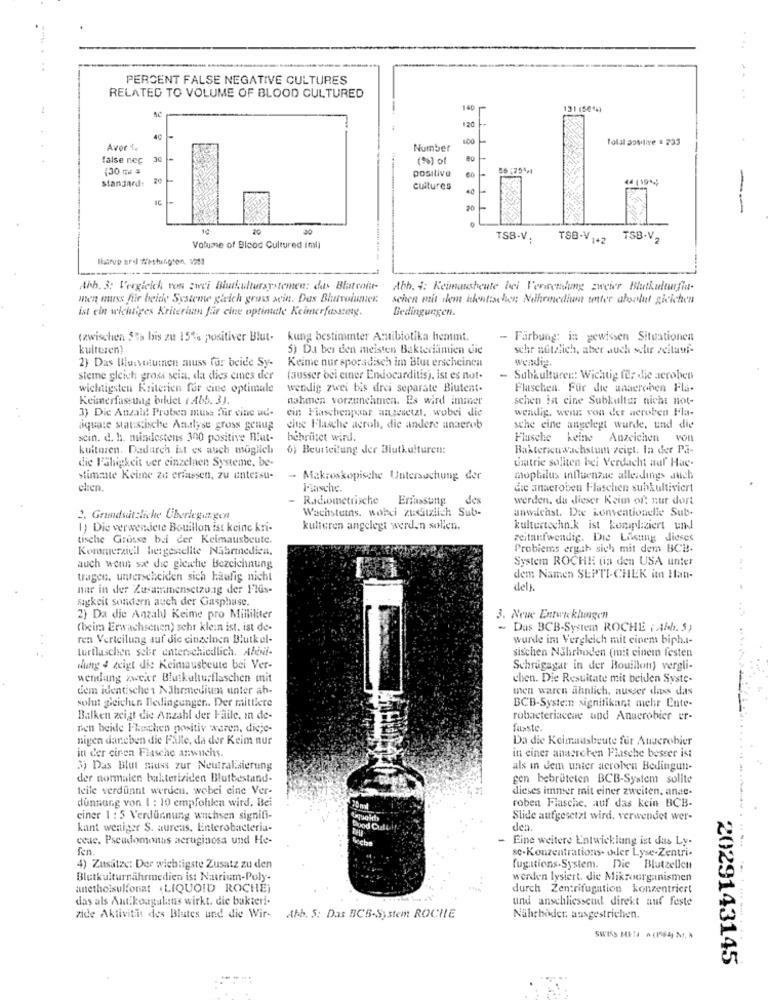
...
PERCENT FALSE NEGATIVE CULTURES
RELATED TO VOLUME OF BLOOD CULTURED
140
131 (5644)
20
4C
Total positive = 233
Aver &
Number
false nec
30
(%) of
(30 me 5
positive
standard:
44 (19 ***
cultures
20
--
TSB-V.
TSB-V 1+2
TSB.V.
Volume of Blood Cultured imli
-----
Ahh. 3: Vergleich von zwei Biukultursystemen: das Blatvoir-
Abb. +: Keimausbeute bei Verwendung zweier Blutkulturfia-
when mess für beide Systeme gleich gross sein. Das Blutvolunter
schen mit dem identischen: Nthronedion unter absolut gicktien
ist ein wichtiges Kriterium får cine optimale Keimerfasszeg.
Bedingungen.
(zwischen Sta bis zu 154% positiver Blut- kung bestimmter Antibiotika hentmt.
- Färbung: in gewissen Situationen
kulturen!
5) Da bei den meisten Bakteriamien die
schr aftzlich, aber auch schir zeitauf-
2) Das Blurvotuinen muss far beide Sy-
Keime nur sporadisch im Blut erscheinen
wendig.
steme gleich gross sein, da dies cines der
(ausser bei einer Endocarditis), ist es not-
- Subkulturer: Wichtig für die aeroben
wichtigsten Kriterien for cine optimale
werdlig zwei bis drei separate Biutent.
Flaschen. Für die anaeroben Fla-
Keimerfassung bildet ( Abb. 3).
nahmen vorzunehmen. Es wird immer
schen ist cine Subkultur nicht not-
ein Fiaschenpaar angesetzt, wobei die
wendig, wenn von der aeroben Fla-
3) Die Anzahl Proben muss für cine ud-
aquale statistische Analyse gross genug
eine Flasche acrob, die andere anaerob
sche eine angelegt wurde, und die
scin. d. h. mindestens 300 positive Hiut-
bebrütet wird.
Flusche keine Anzeichen von
kuituren. Dadurch it es auch möglich
6) Beurteilung der Biutkulturcn:
Bakterienwachstum zeigt. In der PE-
die Fähigkeit ver einzelnen Systeme, be-
chatrie sollten bei Verdacht auf Hae-
Stimmte Keime zu erfassen, zu untersu-
- Makroskopische Untersuchung der
mophilus influenzae allerdings auch
chen.
I-lasche.
die anaeroben Flaschen subkultiviert
-
Radiometrische Erfassung
des
werden. du dieser Keim of, nur dort
Wachstumns, wohci zusätzlich Sub-
anwacast. De Konventionelle Sub-
2. Grundsätzliche Überlegungen
1) Die verwendete Bouillon ist keine kri-
kulturen angelegt werden sollen.
kulturtechn.k ist kompliziert und
tische Grosse bei der Keimausbeute.
zeitaufwendig. Die Lilsung dieses
Kommerziell hergestellte Nährmedien,
Probiems ergab sich mit dem BCB.
System ROCHE (in den USA unter
auch wenn sæt die gleiche Bezeichnung
tragen. unterscheiden sich häufig nicht
dem Namen SEPTI-CHEK im Han-
nie in der Zusammensetzung der Flus-
dell.
Sigkeit sondern auch der Gasphase.
2) Da die Anzahl Keime pro Milliliter
3. Neue Entwu klungen
(beira Erwachsenen) sehr klein ist. ist de-
- Das BCB-System ROCHE ( Abb. 5)
ren Verteilung auf die einzelnen Blutkel-
wurde im Vergleich mit einem bipha-
turtlaschen sehr unterschiedlich. Abini-
sischen Nährboden (mit einem festen
wung 4 zeigt die Keimausbeute bei Ver-
Schrägagar in der Bouillon) vergli-
wendung zweier Blutkulturflaschen mit
chen. Die Resultate mit beiden Syste-
dem identische1 Nährmedium unter ab-
men waren ähnlich, ausser dass das
solut gleichen Bedingungen .. Der mittlere
BCB-Systemn signifikant mehr Ente-
Balken zeigt die Anzahl der Faile. in de-
robacteriaceae und Anaerohier er-
Den beide F'hochen positiv waren, dieje-
fasste
nigen daneben die Falle, da der Keim nur
Da die Keimausbeute fer Anserobier
in einer anasreten Flasche besser isi
in der ciren Flasche anwuchs.
3) Das Blut muss zur Neutralisierung
als in dem unter aeroben Bedingun-
der normalen bakterisiden Blutbestand-
gen bebrüteten BCB-System sollte
Icile verdünnt werden, wobei eine Ver-
dieses immer mit einer zweiten. anae.
dunnang von 1 : 10 empfohlen wird. Bei
20 ml
roben Flasche, auf das kein BCB-
ciner 1 : 5 Verdünnung wachsen signifi-
Slide aufgesetzt wird, verwendet wer-
kant weniger S. aureus. Enterobacteria-
Good Cul
dea.
ceae. Pseudomonas aeruginosa und He-
Eine weitere Entwicklung ist das Ly-
fen.
sc-Konzentrations. oder Lyse-Zentri-
4) Zusätze: Der wichtigste Zusatz zu den
fugations-System. Die Blutzellen
Blutkulturnährmedien is: Natrium-Poly-
werden lysiert. die Mikroorganismen
anetholsulfonat (LIQUOID ROCHE)
durch Zentrifugation konzentriert
das als Antikoagalans wirkt. die bakteri-
und anschliesseud direkt auf feste
zide Aktivitis des Blutes und die Wir- Abb. S: Das BC5-System ROCHE
Nahchoder ausgestrichen.
SWISS META · (1984) M ,*
2029143145